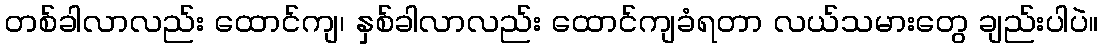
တစ်ခါလာလည်း ထောင်ကျ၊ နှစ်ခါလာလည်း ထောင်ကျခံရတာ လယ်သမားတွေ ချည်းပါပဲ။